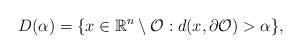
LaTeX: \begin{align*}D(\alpha)=\{x\in\mathbb{R}^n\setminus\mathcal{O}:d(x,\partial\mathcal{O})>\alpha\},\end{align*}